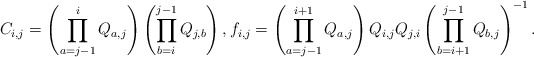
\begin{gather*} C_{i,j}= \left( \prod_{a=j-1}^{i} Q_{a,j} \right) \left( \prod_{b=i}^{j-1} Q_{j,b} \right),f_{i,j}=\left(\prod_{a=j-1}^{i+1}Q_{a,j} \right) Q_{i,j}Q_{j,i} \left( \prod_ {b=i+1}^{j-1} Q_{b,j} \right)^{-1}.\end{gather*}